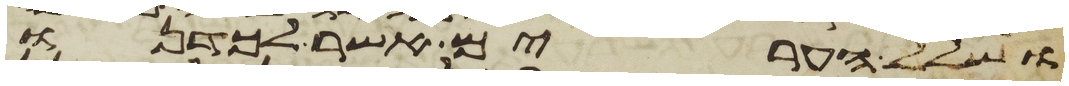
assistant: ושלל הערים אשר לכדנו